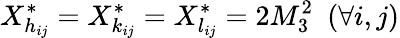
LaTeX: X_{h_{ij}}^{*}=X_{k_{ij}}^{*}=X_{l_{ij}}^{*}=2M_{3}^{2}\ \ (\forall i,j)